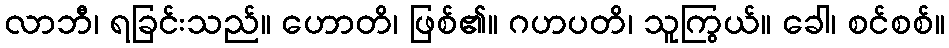
လာဘီ၊ ရခြင်းသည်။ ဟောတိ၊ ဖြစ်၏။ ဂဟပတိ၊ သူကြွယ်။ ခေါ၊ စင်စစ်။